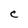
Character: e